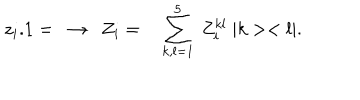
z _ { i } . 1 = \ \rightarrow \ \ Z _ { i } = \ \ \ \sum _ { k , l = 1 } ^ { 5 } \ Z _ { i } ^ { k l } \ | k > < l | .